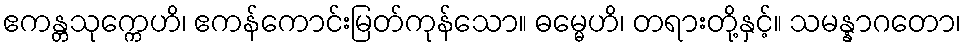
ဧကန္တသုက္ကေဟိ၊ ဧကန်ကောင်းမြတ်ကုန်သော။ ဓမ္မေဟိ၊ တရားတို့နှင့်။ သမန္နာဂတော၊